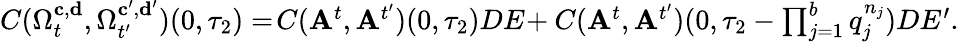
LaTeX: \begin{array}{r}{C(\Omega_{t}^{\mathbf{c},\mathbf{d}},\Omega_{t^{\prime}}^{\mathbf{c^{\prime}},\mathbf{d^{\prime}}})(0,\tau_{2})=\! C(\mathbf{A}^{t},\mathbf{A}^{t^{\prime}})(0,\tau_{2})DE\! +C(\mathbf{A}^{t},\mathbf{A}^{t^{\prime}})(0,\tau_{2}-\prod_{j=1}^{b}q_{j}^{n_{j}})DE^{\prime}.}\end{array}